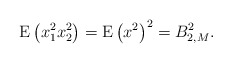
\begin{align*}\mathrm{E}\left( x_1^2 x_2^2 \right) = \mathrm{E}\left( x^2 \right)^2 = B_{2,M}^2. \end{align*}